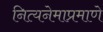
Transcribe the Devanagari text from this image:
नित्यनेमाप्रमाणे